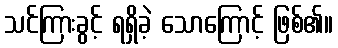
သင်ကြားခွင့် ရရှိခဲ့ သောကြောင့် ဖြစ်၏။